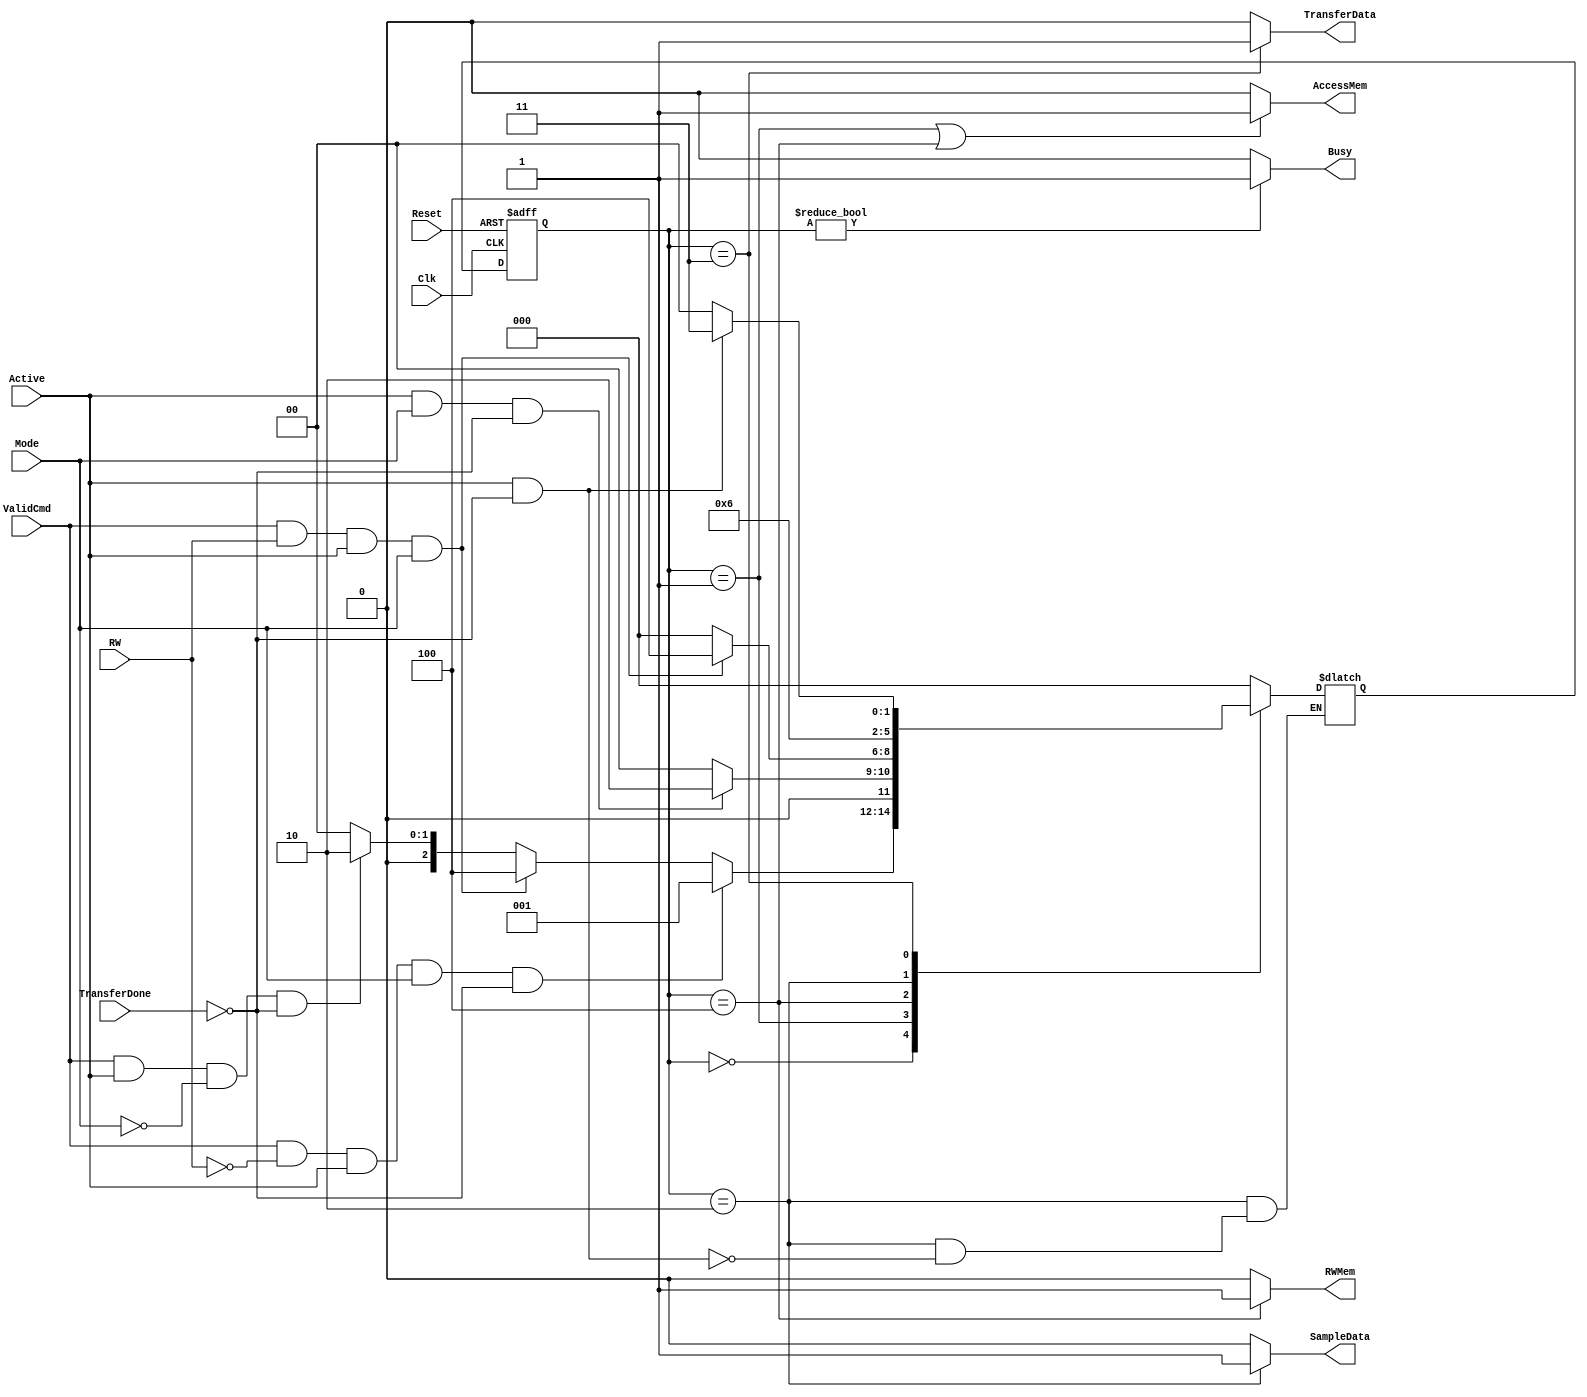
module Control_RW_Flow(input Clk,
                       input Reset,
                       input RW,
                       input ValidCmd,
                       input TransferDone,
                       input Active,
                       input Mode,
                       
                       output reg AccessMem,
                       output reg RWMem,
                       output reg SampleData,
                       output reg TransferData,
                       output reg Busy);

    localparam IDLE                 = 3'b000;
    localparam READ_MEMORY          = 3'b001;
    localparam SAMPLE_DATA          = 3'b010;
    localparam TRANFER_DATA         = 3'b011;  
    localparam WRITE_MEMORY         = 3'b100;

    reg [2:0] ControllerCurrentState;
    reg [2:0] ControllerNextState;

    //Generate Next State
    //Generate NextState looking on : ValidCmd, RW, Active, Mode, TransferDone
    always @(ValidCmd, Active, Mode, RW, TransferDone, ControllerCurrentState)begin
        case(ControllerCurrentState)
            IDLE:
              if ( ValidCmd && !RW && Active && Mode && !TransferDone)begin
                    ControllerNextState = READ_MEMORY;
                end else if( ValidCmd && RW && Active && Mode) begin
                    ControllerNextState = WRITE_MEMORY;
                end else if ( ValidCmd && Active && !Mode && !TransferDone ) begin
                    ControllerNextState = SAMPLE_DATA;
                end else begin
                    ControllerNextState = IDLE;
                end

            READ_MEMORY:
                if ( Active && Mode && !TransferDone) begin
                    ControllerNextState = SAMPLE_DATA;
                end else begin
                    ControllerNextState = IDLE;
                end

            WRITE_MEMORY:
                if(ValidCmd && RW && Active && Mode) begin
                    ControllerNextState = WRITE_MEMORY;
                end else begin
                    ControllerNextState = IDLE;
                end

            SAMPLE_DATA:
                if( Active && !TransferDone) begin
                    ControllerNextState = TRANFER_DATA;
                end

            TRANFER_DATA: 
                if(Active && !TransferDone) begin
                    ControllerNextState = TRANFER_DATA;
                end else if (Active && TransferDone)begin
                    ControllerNextState = IDLE;
                end else begin
                    ControllerNextState = IDLE;
                end

            default: ControllerNextState = IDLE;
        endcase
    end

    //Model Current State
    always @(posedge Clk, posedge Reset)begin
        if(Reset)begin
            ControllerCurrentState <= IDLE;
        end else if(Clk)begin
            ControllerCurrentState <= ControllerNextState;
        end
    end

    //Model Output
    always @(ControllerCurrentState)begin
        AccessMem    = ControllerCurrentState == READ_MEMORY ||
                       ControllerCurrentState == WRITE_MEMORY      ? 1'b1 : 1'b0;
        RWMem        = ControllerCurrentState == WRITE_MEMORY      ? 1'b1 : 1'b0;
        SampleData   = ControllerCurrentState == SAMPLE_DATA       ? 1'b1 : 1'b0;
        TransferData = ControllerCurrentState == TRANFER_DATA      ? 1'b1 : 1'b0;
        Busy         = ControllerCurrentState != IDLE              ? 1'b1 : 1'b0;
    end

    
endmodule